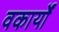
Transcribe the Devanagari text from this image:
वकार्यों